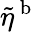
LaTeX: \tilde{\eta}^{\mathrm{~b~}}